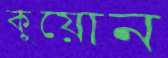
কুয়োন